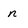
Character: n